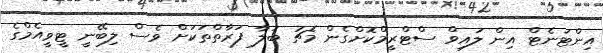
އިންޓަނެޓް އިން ލައިވް ސްޓްރީމްކޮށްގެން މެޗު ބަލާ ފަރާތްތަކަށް ވެސް ލިބޭނީ ޓީވީއެމްގެ